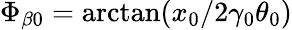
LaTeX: \Phi_{\beta 0}=\arctan(x_{0}/2\gamma_{0}\theta_{0})